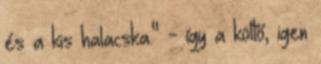
és a kis halacska." - így a költő, igen